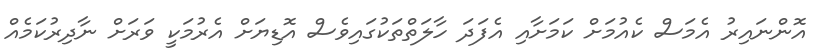
އޮންނައިރު އެމަސް ކެއުމަށް ކަމަށާއި އެފަދަ ހާލަތްތަކުގައިވެސް އޮޑިޔަށް އެރުމަކީ ވަރަށް ނާދިރުކަމެއް